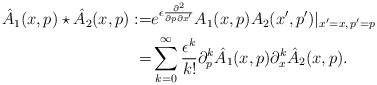
\begin{align*}\hat A_1(x,p) \star \hat A_2(x,p) :=& e^{\epsilon \frac{\partial^2}{\partial p \partial x'}} A_1(x, p)A_2(x', p')|_{x'=x,\, p'=p} \\=& \sum_{k=0}^\infty \frac{\epsilon^k}{k!}\partial_p^k\hat A_1(x,p) \partial_x^k\hat A_2(x,p). \end{align*}